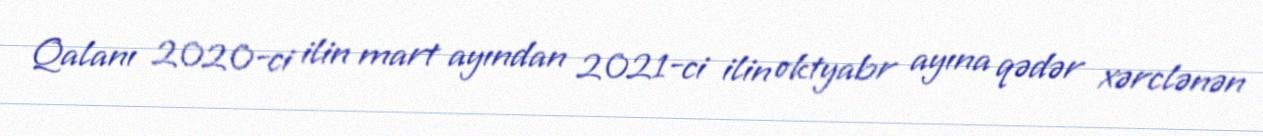
Qalanı 2020-ci ilin mart ayından 2021-ci ilin oktyabr ayına qədər xərclənən